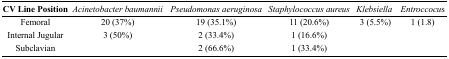
<table><thead><tr><td><b>CV Line Position</b></td><td><b><i>Acinetobacter baumannii</i></b></td><td><b><i>Pseudomonas aeruginosa</i></b></td><td><b><i>Staphylococcus aureus</i></b></td><td><b><i>Klebsiella</i></b></td><td><b><i>Entroccocus</i></b></td></tr></thead><tbody><tr><td>Femoral</td><td>20 (37%)</td><td>19 (35.1%)</td><td>11 (20.6%)</td><td>3 (5.5%)</td><td>1 (1.8)</td></tr><tr><td>Internal Jugular</td><td>3 (50%)</td><td>2 (33.4%)</td><td>1 (16.6%)</td><td>[EMPTY_CELL]</td><td>[EMPTY_CELL]</td></tr><tr><td>Subclavian</td><td>[EMPTY_CELL]</td><td>2 (66.6%)</td><td>1 (33.4%)</td><td>[EMPTY_CELL]</td><td>[EMPTY_CELL]</td></tr></tbody></table>